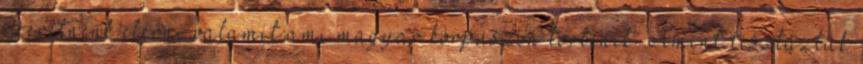
szeretnénk elérni valamit ami magyar korpuszon történik. Amint tisztáztuk